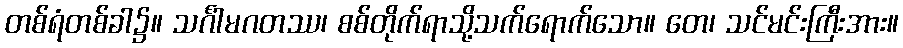
တစ်ရံတစ်ခါ၌။ သင်္ဂါမဂတဿ၊ စစ်တိုက်ရာသို့သက်ရောက်သော။ တေ၊ သင်မင်းကြီးအား။